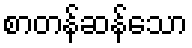
စာတန်ဆန်သော